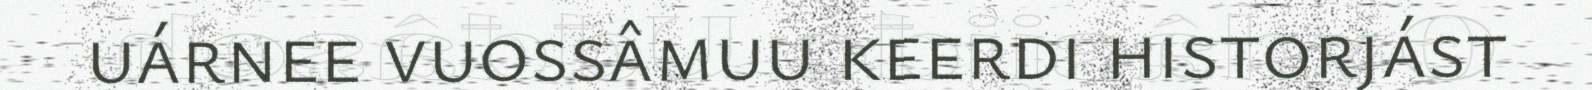
uárnee vuossâmuu keerdi historjást